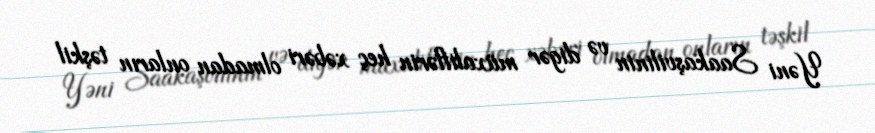
Yəni Saakaşvilinin və digər müxaliflərin heç xəbəri olmadan onların təşkil